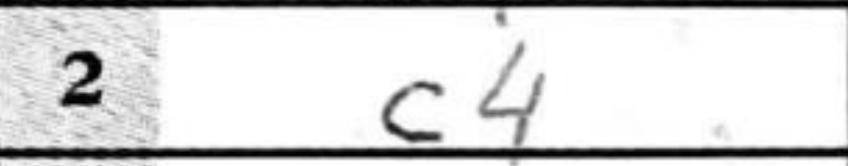
Transcription: c4